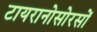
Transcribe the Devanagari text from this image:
टायरानोसोरसों